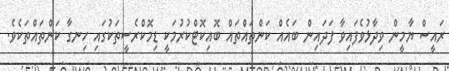
ރައީސް ޔާމީން ވިދާޅުވެފައިވާ ފަދައިން ބައެއް ކަންތައްތައް ބޮއިކޮޓްކުރުމަކީ ޑިމޮކްރެސީތަކުގައި ހިނގާ ކަންތައްތަކެވެ.